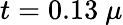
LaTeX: t=0.13~\mu